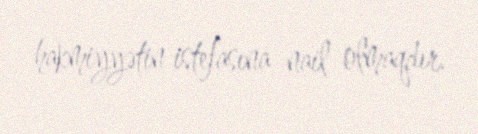
hakmiyyətin istefasına nail olmaqdır.